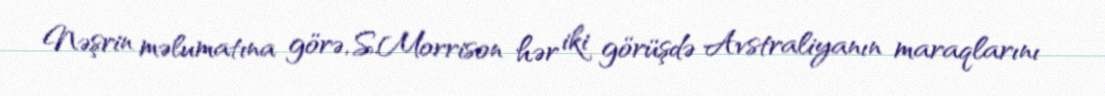
Nəşrin məlumatına görə, S.Morrison hər iki görüşdə Avstraliyanın maraqlarını